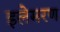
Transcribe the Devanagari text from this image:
इलेमरण